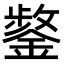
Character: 𮢸